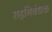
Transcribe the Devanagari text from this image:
सहनिबंधक